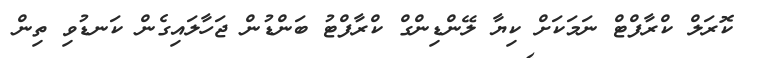
ކޮރަލް ކްރާފްޓް ނަމަކަށް ކިޔާ ލޭންޑިންގް ކްރާފްޓު ބަންޑުން ޖަހާލައިގެން ކަނޑުވި ތިން